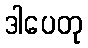
ဒါပေတု